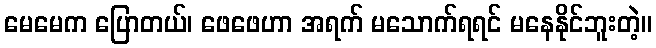
မေမေက ပြောတယ်၊ ဖေဖေဟာ အရက် မသောက်ရရင် မနေနိုင်ဘူးတဲ့။